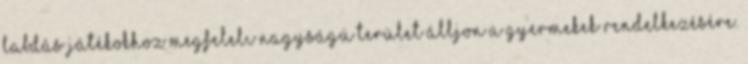
labdás játékokhoz megfelelı nagyságú terület álljon a gyermekek rendelkezésére.